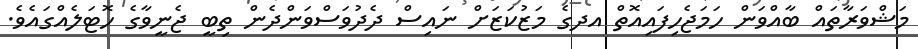
މަޝްވަރާތައް ބާއްވަން ހަމަޖެހިފައިއޮތް އދގެ މަޒުކަޒަށް ނައިސް ދެދުވަސްވަންދެން ތިބީ ޖެނީވާގެ ހޮޓަލެއްގައެވެ.